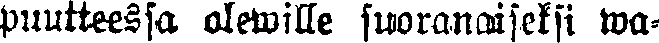
puutteessa olewille suoranaiseksi wa-